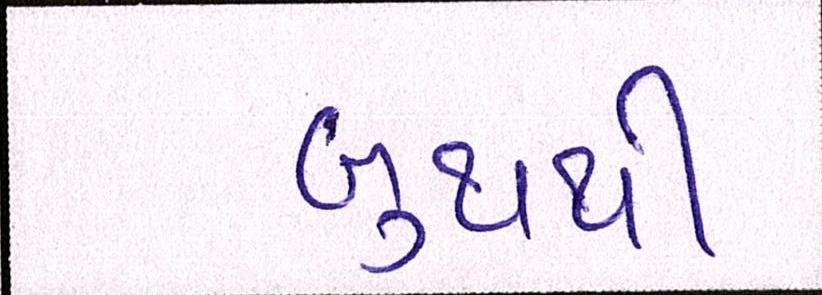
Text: બુથથી